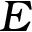
E